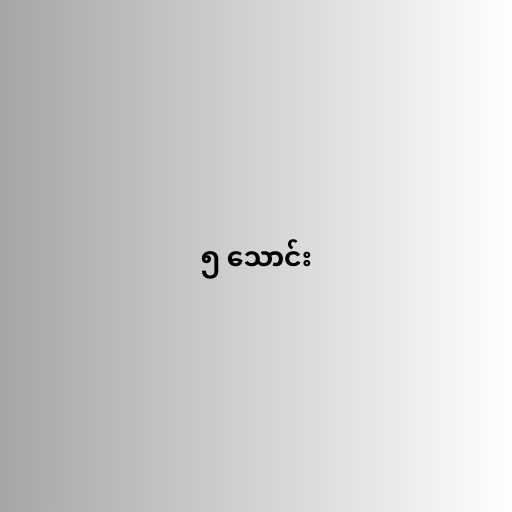
၅ သောင်း